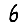
Digit: 6